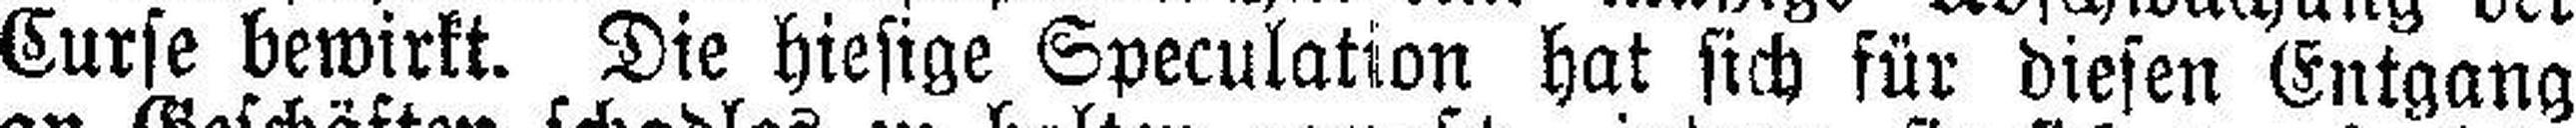
Curse bewirkt. Die hiesige Speculation hat sich für diesen Entgang